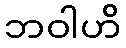
ဘဝါဟိ